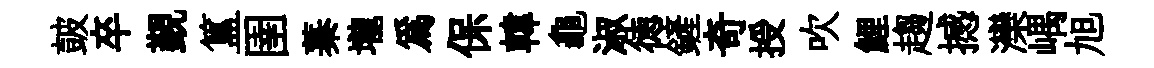
皷卒覲簋圉蓁壠為保韓龜淑徳鏟奇授吹鯉趨撼灤嵎旭